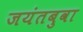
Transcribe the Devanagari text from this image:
जयंतबुवा